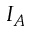
I _ { A }